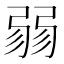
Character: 𢐅